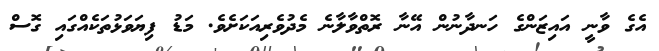
އެގެ ވާނީ އައިޒަންގެ ހަނދާނުން އޭނާ ރޮތްވާލާނެ މެދުވެރިއަކަށެވެ. މަޑު ފިޔަވަޅުތަކެއްގައި ގޮސް